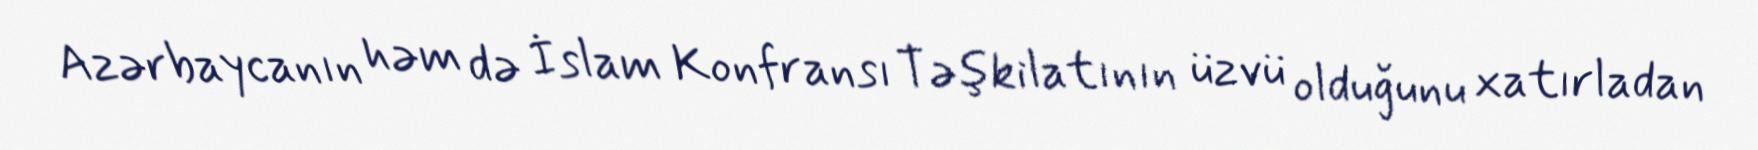
Azərbaycanın həm də İslam Konfransı Təşkilatının üzvü olduğunu xatırladan